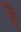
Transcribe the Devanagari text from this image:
हेेै